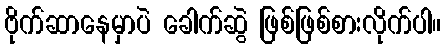
ဗိုက်ဆာနေမှာပဲ ခေါက်ဆွဲ ဖြစ်ဖြစ်စားလိုက်ပါ။